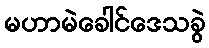
မဟာမဲခေါင်ဒေသခွဲ